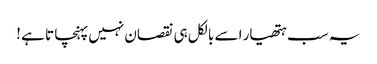
یہ سب ہتھیار اسے بالکل ہی نقصان نہیں پہنچا تا ہے !